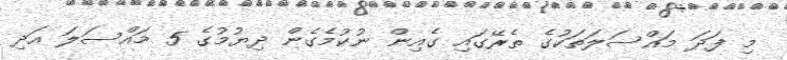
މި ފަދަ މައްސަލަތަކުގެ ތެރޭގައި ގެއިން ނުކުމެގެން ދިޔުމުގެ 5 މައްސަލަ އަދި